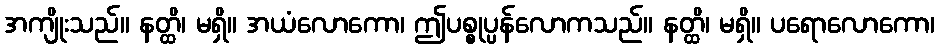
အကျိုးသည်။ နတ္ထိ၊ မရှိ။ အယံလောကော၊ ဤပစ္စုပ္ပန်လောကသည်။ နတ္ထိ၊ မရှိ။ ပရောလောကော၊